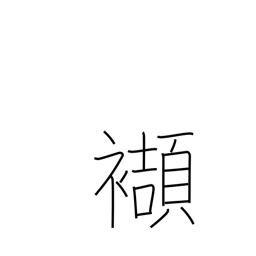
Meaning: tuck into one's obi